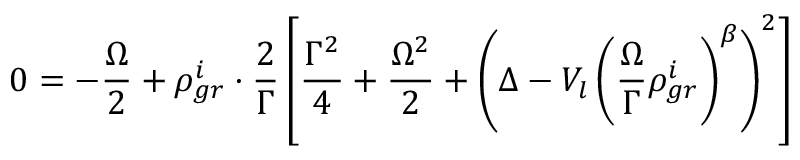
0 = - \frac { \Omega } { 2 } + \rho _ { g r } ^ { i } \cdot \frac { 2 } { \Gamma } \left[ \frac { \Gamma ^ { 2 } } { 4 } + \frac { \Omega ^ { 2 } } { 2 } + \left( \Delta - V _ { l } \left( \frac { \Omega } { \Gamma } \rho _ { g r } ^ { i } \right) ^ { \beta } \right) ^ { 2 } \right]